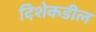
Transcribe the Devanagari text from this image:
दिशेकडील